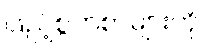
ဖြည့်စွက်စာများကို